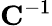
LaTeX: \mathbf{C}^{-1}